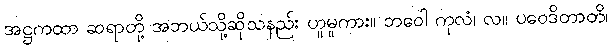
အဋ္ဌကထာ ဆရာတို့ အဘယ်သို့ဆိုသနည်း ဟူမူကား။ ဘဝေါ ကုလံ၊ လ။ ပဝေဒိတာတိ၊